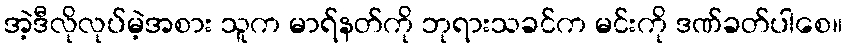
အဲ့ဒီလိုလုပ်မဲ့အစား သူက မာရ်နတ်ကို ဘုရားသခင်က မင်းကို ဒဏ်ခတ်ပါစေ။